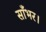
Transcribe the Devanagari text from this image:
साँभर।